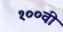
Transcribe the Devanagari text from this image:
१००वी